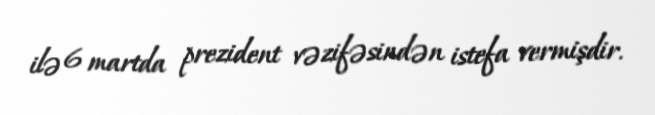
ilə 6 martda prezident vəzifəsindən istefa vermişdir.